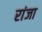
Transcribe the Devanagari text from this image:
रांजा